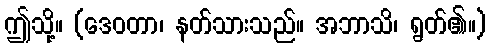
ဤသို့။ (ဒေဝတာ၊ နတ်သားသည်။ အဘာသိ၊ ရွတ်၏။)